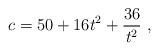
LaTeX: \begin{align*}c= 50 + 16 t^2 + {36\over t^2} \ ,\end{align*}